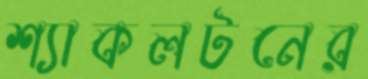
শ্যাকলটনের